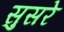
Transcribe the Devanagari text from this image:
सुसरे